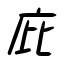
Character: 庇